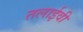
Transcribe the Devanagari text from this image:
तलाईवी